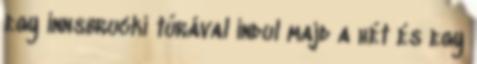
egy innsbrucki túrával indul majd a hét és egy